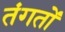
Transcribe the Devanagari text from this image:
तंगतों